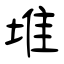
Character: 堆